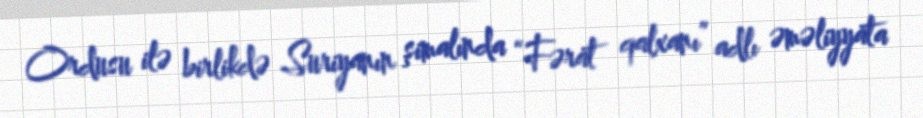
Ordusu ilə birlikdə Suriyanın şimalında “Fərat qalxanı” adlı əməliyyata